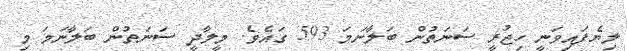
ލިޔެފައިވަނީ ހިޖުރީ ސަނަތުން ބަލާނަމަ 593 ގައެވެ. މީލާދީ ސަނަތުން ބަލާނަމަ މި